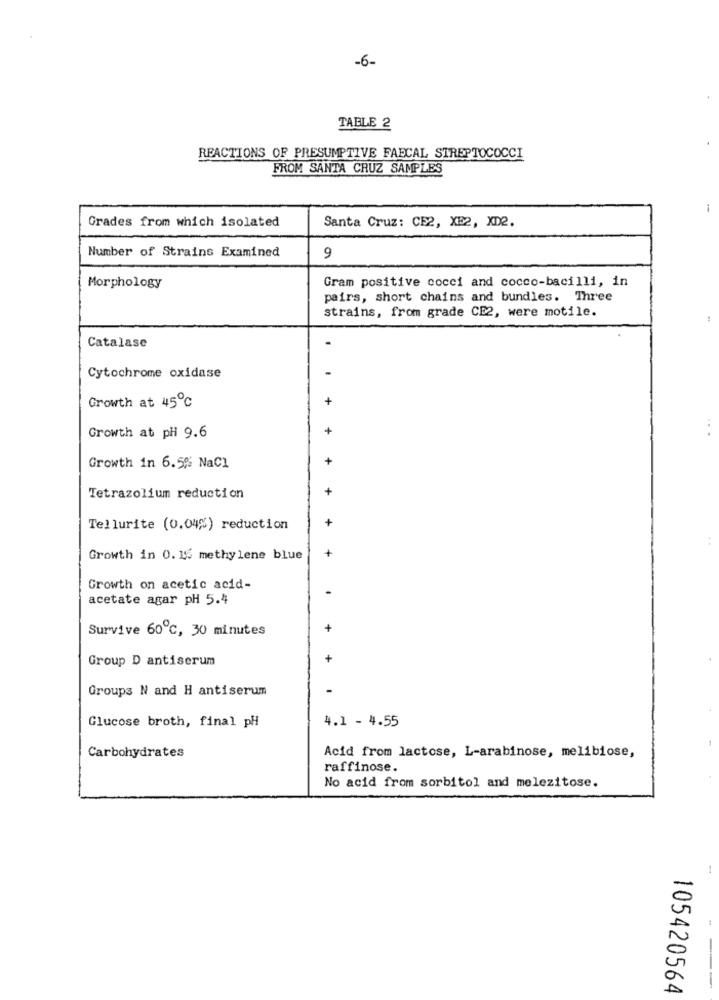
-6-
TABLE 2
REACTIONS OF PRESUMPTIVE FAECAL STREPTOCOCCI
FROM SANTA CRUZ SAMPLES
Grades from which isolated
Santa Cruz: CE2, XB2, XD2.
Number of Strains Examined
9
Gram positive cocci and cocco-bacilli, in
Morphology
pairs, short chains and bundles. Three
strains, from grade CE2, were motile.
Catalase
Cytochrome oxidase
+
Growth at 45℃
+
Growth at pH 9.6
Growth in 6.5% NaCl
Tetrazolium reduction
Tellurite (0.04%) reduction
Growth in 0. 15 methylene blue
Growth on acetic acid-
acetate agar pH 5.4
Survive 60℃, 30 minutes
Group D antiserum
Groups N and H antiserum
4.1 - 4.55
Glucose broth, final pH
Carbohydrates
Acid from lactose, L-arabinose, melibiose,
raffinose.
No acid from sorbitol and melezitose.
-
105420564
--